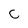
Character: C